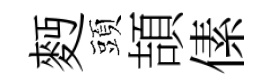
麪頭頡傃